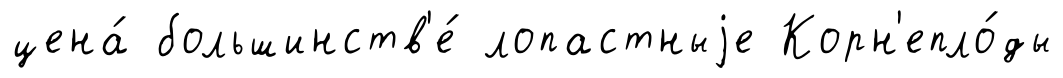
цена́ большинств'е́ лопастныjе Корн'епло́ды